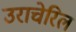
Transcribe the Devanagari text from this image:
उराचेरिल